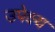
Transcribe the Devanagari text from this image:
उपेक्ष्य